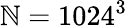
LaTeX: \mathbb{N}=1024^{3}